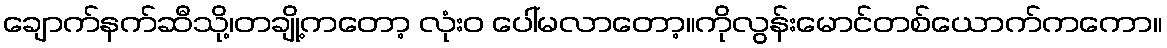
ချောက်နက်ဆီသို့၊တချို့ကတော့ လုံးဝ ပေါ်မလာတော့။ကိုလွန်းမောင်တစ်ယောက်ကကော။